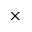
\times